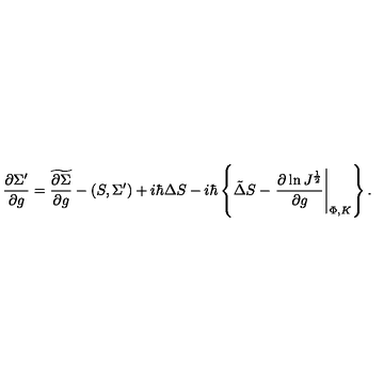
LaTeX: { \frac { \partial \Sigma ^ { \prime } } { \partial g } } = \widetilde { \frac { \partial \Sigma } { \partial g } } - ( S , \Sigma ^ { \prime } ) + i \hbar \Delta S - i \hbar \left\{ \tilde { \Delta } S - \left. { \frac { \partial \ln J ^ { \frac { 1 } { 2 } } } { \partial g } } \right| _ { \Phi , K } \right\} .